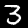
Digit: 3